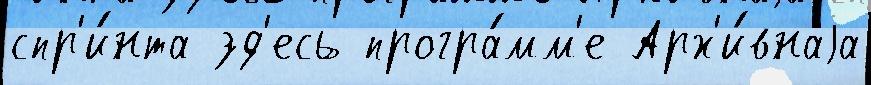
спр'и́нта зд'есь програ́мм'е Арх'и́внаjа